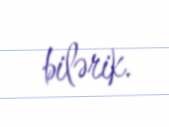
bilərik.